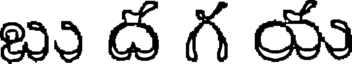
బు ద గ యు